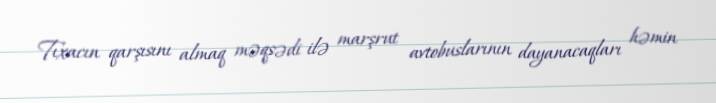
Tıxacın qarşısını almaq məqsədi ilə marşrut avtobuslarının dayanacaqları həmin